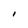
Character: I